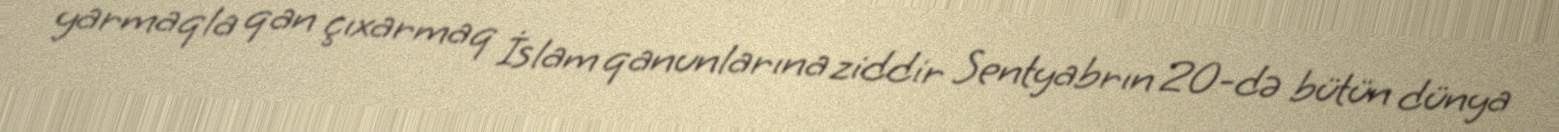
yarmaqla qan çıxarmaq İslam qanunlarına ziddir Sentyabrın 20-də bütün dünya